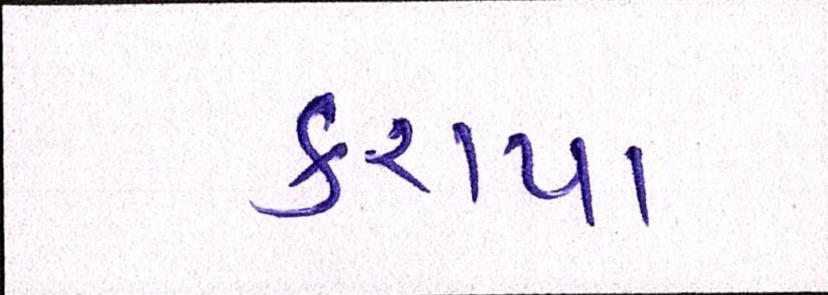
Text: કરાયા